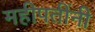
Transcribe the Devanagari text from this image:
महीपतींनी